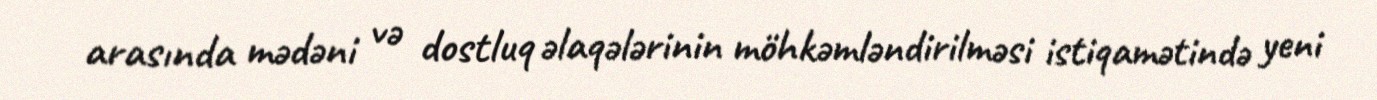
arasında mədəni və dostluq əlaqələrinin möhkəmləndirilməsi istiqamətində yeni